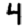
Digit: 4